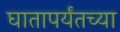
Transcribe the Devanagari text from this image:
घातापर्यंतच्या